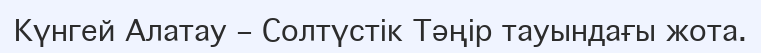
Күнгей Алатау – Солтүстік Тәңір тауындағы жота.